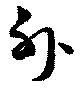
外